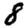
Digit: 8